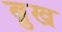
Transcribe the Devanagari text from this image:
ब्रुख